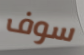
سوف